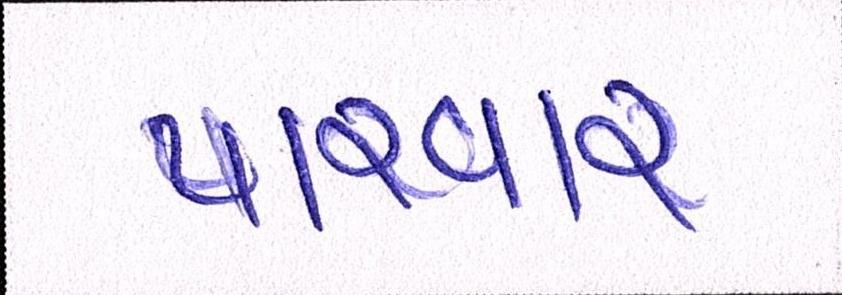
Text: પારવાર